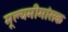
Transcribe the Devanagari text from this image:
मूल्यमीमांसक